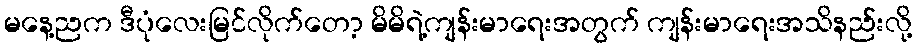
မနေ့ညက ဒီပုံလေးမြင်လိုက်တော့ မိမိရဲ့ကျန်းမာရေးအတွက် ကျန်းမာရေးအသိနည်းလို့